Scientific memoirs by medical officers of the Army of India - Part X,
Year: 1897
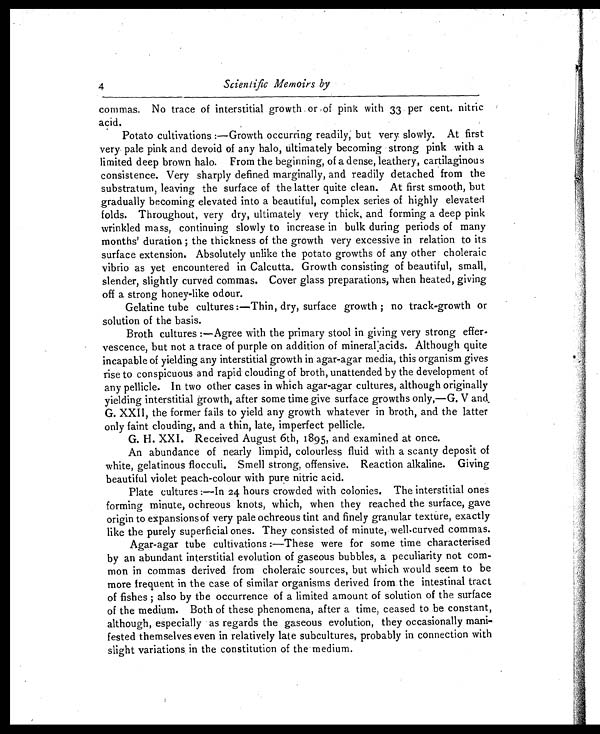
4
Scientific Memoirs by
commas. No trace of interstitial growth . or of pink with 33 per cent. nitric
acid. Potato cultivations :—Growth occurring readily, but very. slowly. At first
very pale pink and devoid of any halo, ultimately becoming strong pink with a
limited deep brown halo. From the beginning, of a dense, leathery, cartilaginous
consistence. Very sharply defined marginally, and readily detached from the
substratum, leaving the surface of the latter quite clean. At first smooth, but
gradually becoming elevated into a beautiful, complex series of highly elevated
folds. Throughout, very dry, ultimately very thick, and forming a deep pink
wrinkled mass, continuing slowly to increase in bulk during periods of many
months' duration ; the thickness of the growth very excessive in relation to its
surface extension. Absolutely unlike the potato growths of any other choleraic
vibrio as yet encountered in Calcutta. Growth consisting of beautiful, small,
slender, slightly curved commas. Cover glass preparations, when heated, giving
off a strong honey-like odour.
Gelatine tube cultures :—Thin, dry, surface growth ; no track-growth or
solution of the basis.
Broth cultures :—Agree with the primary stool in giving very strong effer
- v e s c e n c e , b u t n o t a t r a c e o f p u r p l e o n a d d i t i o n o f m i n e r a l a c i d s . A l t h o u g h q u i t e
incapable of yielding any interstitial growth in agar-agar media, this organism gives
rise to conspicuous and rapid clouding of broth, unattended by the development of
any pellicle. In two other cases in which agar-agar cultures, although originally
yielding interstitial growths after some time give surface growths only,—G. V and
G. XXII, the former fails to yield any growth whatever in broth, and the latter
only faint clouding, and a thin, late, imperfect pellicle.
G. H. XXI. Received August 6th, 1895, and examined at once.
An abundance of nearly limpid, colourless fluid with a scanty deposit of
white, gelatinous flocculi. Smell strong, offensive. Reaction alkaline. Giving
beautiful violet peach-colour with pure nitric acid.
Plate cultures :—In 24 hours crowded with colonies. The interstitial ones
forming minute, ochreous knots, which, when they reached the surface, gave
origin to expansions of very pale ochreous tint and finely granular texture, exactly
like the purely superficial ones. They consisted of minute, well curved commas.
Agar - agar t ube cul t i vat i ons : —These wer e f or some t i me char act er i sed
by an abundant interstitial evolution of gaseous bubbles, a peculiarity not com
- m o n i n c o m m a s d e r i v e d f r o m c h o l e r a i c s o u r c e s , b u t w h i c h w o u l d s e e m t o b e
more frequent in the case of similar organisms derived from the intestinal tract
of fishes ; also by the occurrence of a limited amount of solution of the surface
of the medium. Both of these phenomena, after a time, ceased to be constant,
although, especially as regards the gaseous evolution, they occasionally mani
- f e s t e d t h e m s e l v e s e v e n i n r e l a t i v e l y l a t e s u b c u l t u r e s , p r o b a b l y i n c o n n e c t i o n w i t h
slight variations, in the constitution of the medium.